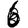
Digit: 6